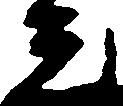
元